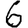
Digit: 6